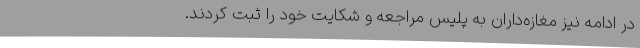
در ادامه نیز مغازه‌داران به پلیس مراجعه و شکایت خود را ثبت کردند.